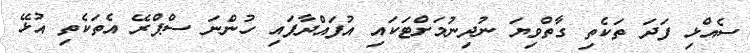
ސެއްޅި ފަދަ ތަކެތި ގާތްވިޔަ ނުދިނުމަށްޓަކައި އުފައްދާފައި ހުންނަ ސްޕްރޭ އެތަކެތި އުޅޭ